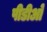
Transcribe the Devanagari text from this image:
पीडीओ